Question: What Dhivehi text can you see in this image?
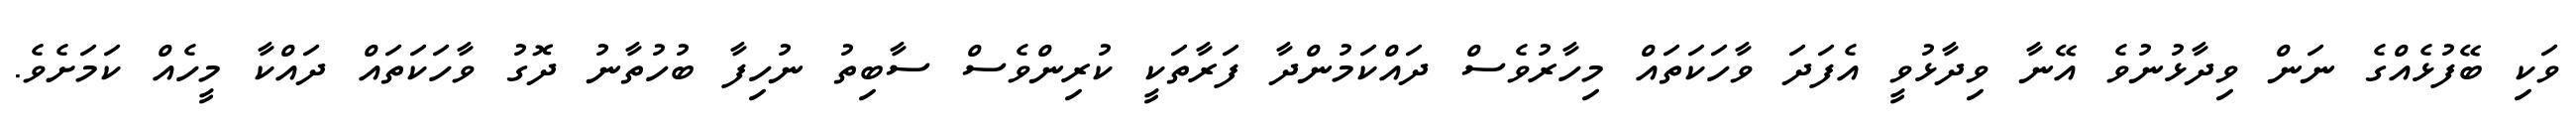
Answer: ވަކި ބޭފުޅެއްގެ ނަން ވިދާޅުނުވެ އޭނާ ވިދާޅުވީ އެފަދަ ވާހަކަތައް މިހާރުވެސް ދައްކަމުންދާ ފަރާތަކީ ކުރިންވެސް ސާބިތު ނުހިފާ ބުހުތާނު ދޮގު ވާހަކަތައް ދައްކާ މީހެއް ކަމަށެވެ.